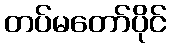
တပ်မတော်ပိုင်